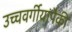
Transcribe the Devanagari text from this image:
उच्चवर्गीयांपैकी